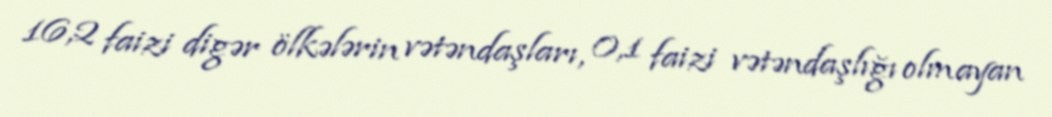
16,2 faizi digər ölkələrin vətəndaşları, 0,1 faizi vətəndaşlığı olmayan